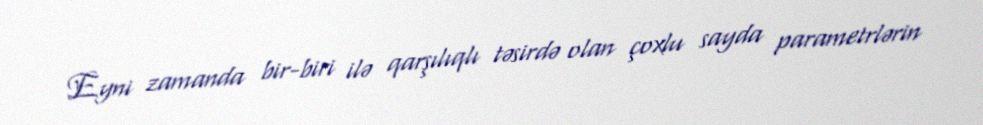
Eyni zamanda bir-biri ilə qarşılıqlı təsirdə olan çoxlu sayda parametrlərin